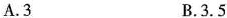
A.3 B.3.5